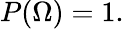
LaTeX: P(\Omega)=1.